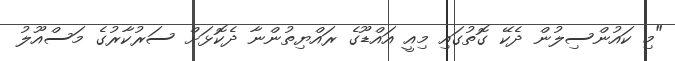
"މި ކައުންސިލުން ދެކޭ ގޮތުގައި މިއީ އައްޑޫގެ ރައްޔިތުންނާ ދެކޮޅަށް ސަރުކާރުގެ މަސްއޫލު